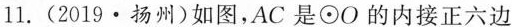
11.(2019·扬州)如图，AC是\odot O的内接正六边